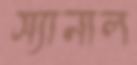
স্যানাল